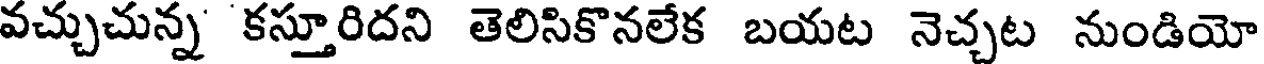
వచ్చుచున్న కస్తూరిదని తెలిసికొనలేక బయట నెచ్చట నుండియో